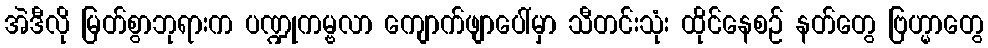
အဲဒီလို မြတ်စွာဘုရားက ပဏ္ဍုကမ္ဗလာ ကျောက်ဖျာပေါ်မှာ သီတင်းသုံး ထိုင်နေစဉ် နတ်တွေ ဗြဟ္မာတွေ